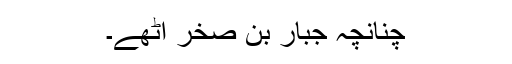
چنانچہ جبار بن صخر اٹھے۔